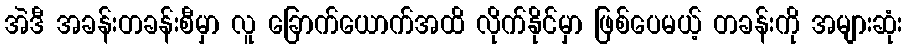
အဲဒီ အခန်းတခန်းစီမှာ လူ ခြောက်ယောက်အထိ လိုက်နိုင်မှာ ဖြစ်ပေမယ့် တခန်းကို အများဆုံး